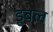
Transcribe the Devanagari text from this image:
डूबल